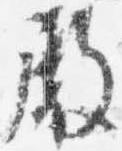
殿